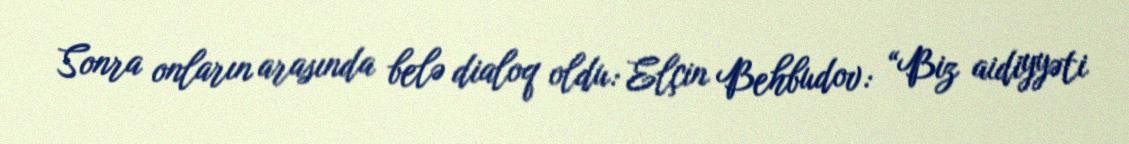
Sonra onların arasında belə dialoq oldu: Elçin Behbudov: “Biz aidiyyəti